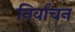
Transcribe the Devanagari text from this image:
निर्वांचन